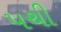
પચી